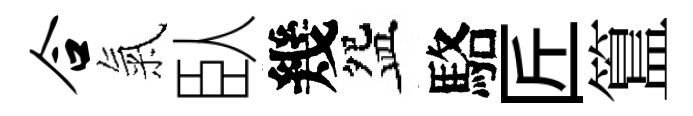
合氣臥幾盌駱匠簋